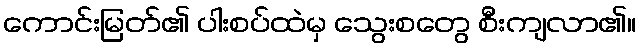
ကောင်းမြတ်၏ ပါးစပ်ထဲမှ သွေးစတွေ စီးကျလာ၏။